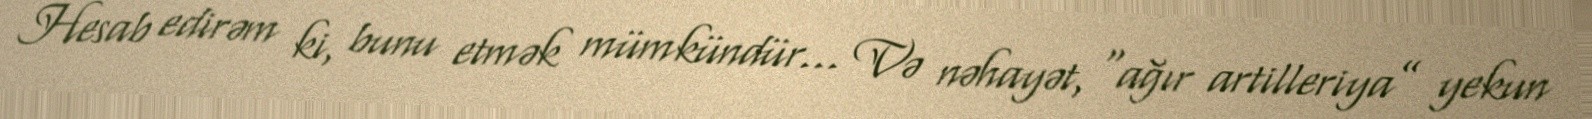
Hesab edirəm ki, bunu etmək mümkündür... Və nəhayət, “ağır artilleriya” yekun